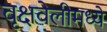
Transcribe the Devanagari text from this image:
वृक्षवेलीमध्ये